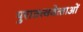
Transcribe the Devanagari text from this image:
पुरातत्ववेत्‍ताओं